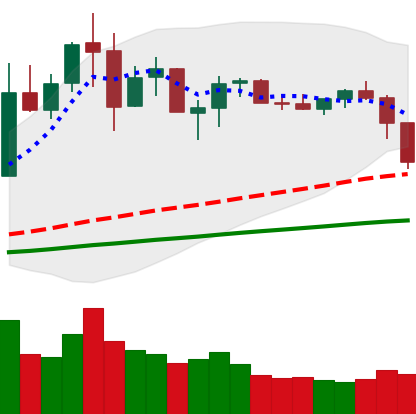
Ticker: NEO-USD
Chart end date: 2019-07-11
Forward return: -29.867%
Label: down_7plus